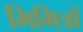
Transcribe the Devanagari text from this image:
मिमित्रों